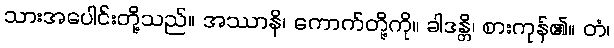
သားအပေါင်းတို့သည်။ အဿာနိ၊ ကောက်တို့ကို။ ခါဒန္တိ၊ စားကုန်၏။ တံ၊